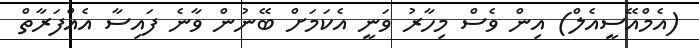
(އެމްއޭސީއެލް) އިން ވެސް މިހާރު ވަނީ އެކަމަށް ބޭނުން ވާނެ ފައިސާ އެއްފަރާތް